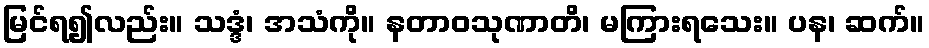
မြင်ရ၍လည်း။ သဒ္ဒံ၊ အသံကို။ နတာဝသုဏာတိ၊ မကြားရသေး။ ပန၊ ဆက်။